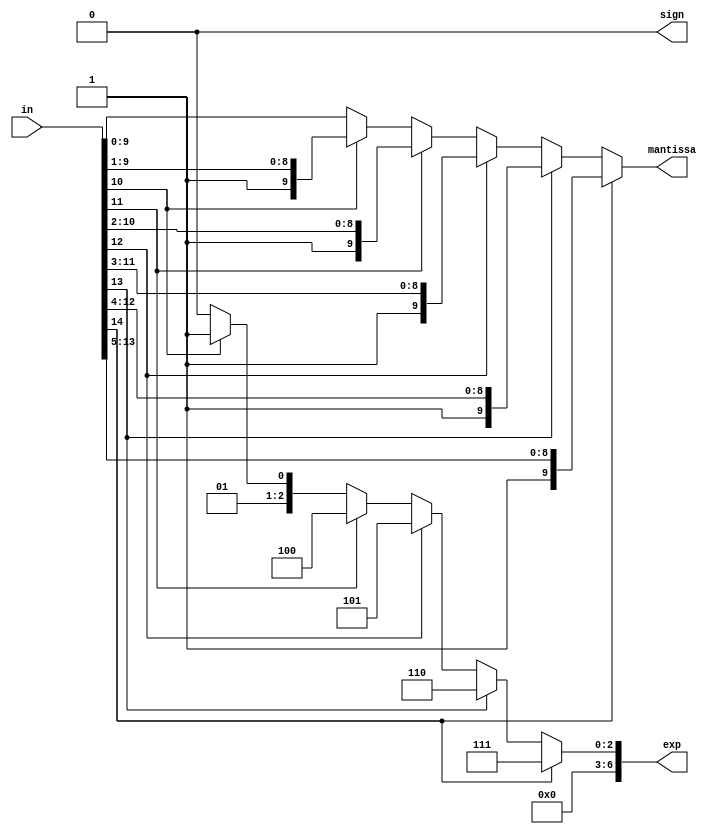
/*
 * Time  : 2020/03/04
 * function: change 7 bits fix number to float  
*/

module FIX_to_FLOAT_7(
    input [14:0] in,
    output sign,
    output reg [6:0] exp,
    output reg [9:0] mantissa
    );
    
    assign sign = 0;
    always@(*) begin
        if(in[14]) begin
            mantissa = in[14:14-9];
            exp = 7; 
        end
        else if(in[13]) begin
            mantissa = in[13:13-9];
            exp = 6;
        end
        else if(in[12]) begin
            mantissa = in[12:12-9];
            exp = 5;
        end
        else if(in[11]) begin
            mantissa = in[11:11-9];
            exp = 4;
        end
        else if(in[10]) begin
            mantissa = in[10:10-9];
            exp = 3;
        end
        else begin
            mantissa = in[9:9-9];
            exp = 2;
        end
    end
    
endmodule